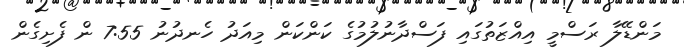
މަންޑޭލާ ރަސްމީ އިއްޒަތުގައި ފަސްދާނުލުމުގެ ކަންކަން މިއަދު ހެނދުނު 7:55 ން ފެށިގެން